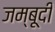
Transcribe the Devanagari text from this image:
जम्बूदी